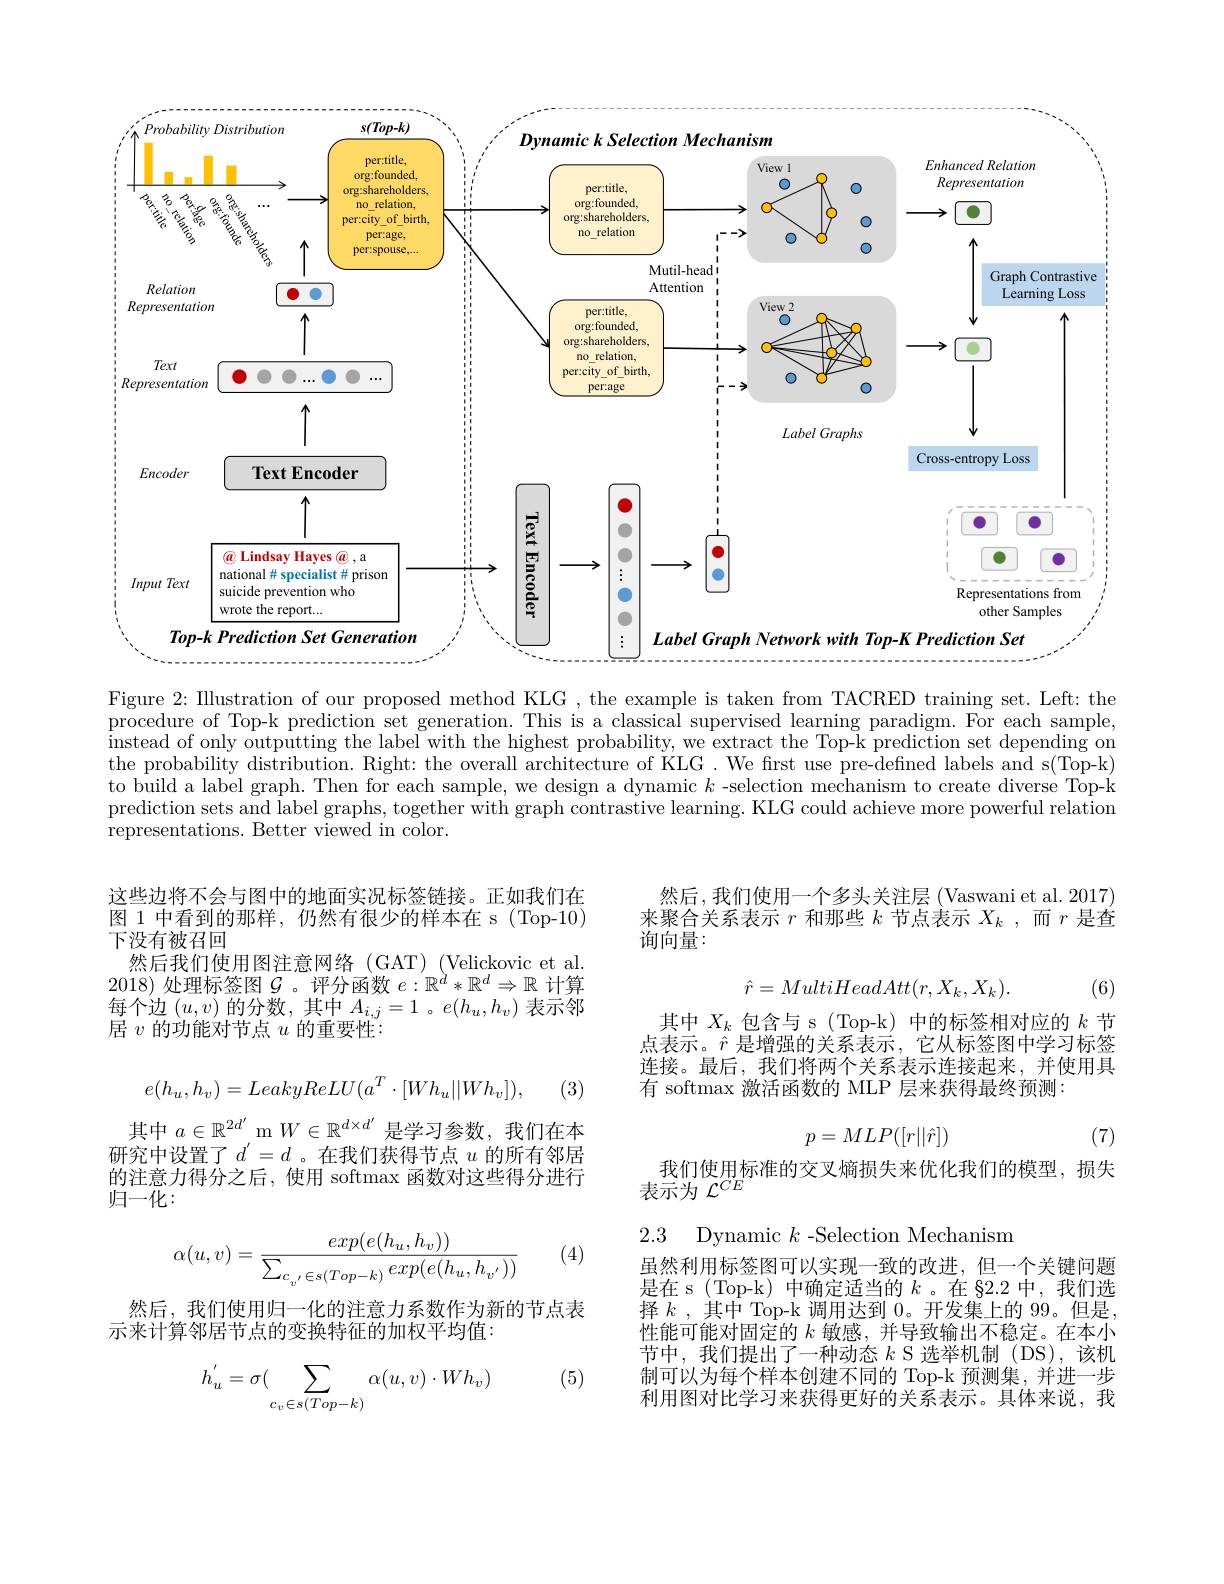
<FigureHere>

Figure 2: Illustration of our proposed method KLG , the example is taken from TACRED training set. Left: the procedure of Top-k prediction set generation. This is a classical supervised learning paradigm. For each sample, instead of only outputting the label with the highest probability, we extract the Top-k prediction set depending on the probability distribution. Right: the overall architecture of KLG. We first use pre-defned labels and s(Top-k) to build a label graph. Then for each sample, we design a dynamic $k$ -selection mechanism to create diverse Top-k prediction sets and label graphs, together with graph contrastive learning. KIG could achieve more powerful relation representations. Better viewed in color.

然后，我们使用一个多头关注层 (Vaswani et al. 2017) 来聚合关系表示$r$和那些$k$节点表示$X_k$,而$r$是查询向量：

这些边将不会与图中的地面实况标签链接。正如我们在图 1 中看到的那样，仍然有很少的样本在 s (Top-10) 下没有被召回
然后我们使用图注意网络(GAT)(Velickovic et al. 2018)处理标签图$\mathcal{G}$ 。评分函数$e:\mathbb{R}^d*\mathbb{R}^d\Rightarrow\mathbb{R}$计算每个边$(u,v)$的分数，其中$A_i,j=1$ 。$e(h_u,h_v)$表示邻居$v$的功能对节点$u$的重要性：
$$\hat{r}=MultiHeadAtt(r,X_k,X_k).$$
(6)

其中$X_k$包含与 s (Top-k) 中的标签相对应的$k$节点表示。$\hat{r}$是增强的关系表示，它从标签图中学习标签连接。最后，我们将两个关系表示连接起来，并使用具有 softmax 激活函数的 MLP 层来获得最终预测：
$$e(h_u,h_v)=LeakyReLU(a^T\cdot[Wh_u||Wh_v]),$$
(3)

(7)
$$p=MLP([r||\hat{r}])$$
其中$a\in\mathbb{R}^{2d^{\prime}}$ m $W\in\mathbb{R}^{d\times d^{\prime}}$是学习参数，我们在本研究中设置了$d^\prime=d$。在我们获得节点$u$的所有邻居的注意力得分之后，使用 softmax 函数对这些得分进行归一化：

我们使用标准的交叉熵损失来优化我们的模型，损失
表示为$\mathcal{L}^CE$

2.3 Dynamic $k$ -Selection Mechanism

(4)
$$\alpha(u,v)=\frac{exp(e(h_u,h_v))}{\sum_{c_{v'}\in s(Top-k)}exp(e(h_u,h_{v'}))}$$
然后，我们使用归一化的注意力系数作为新的节点表
示来计算邻居节点的变换特征的加权平均值：

虽然利用标签图可以实现一致的改进，但一个关键问题是在 s (Top-k) 中确定适当的$k$。在 §2.2 中，我们选择$k$ ,其中 Top-k 调用达到0。开发集上的 99。但是， 性能可能对固定的$k$敏感，并导致输出不稳定。在本小节中，我们提出了一种动态$k$ S 选举机制(DS),该机制可以为每个样本创建不同的 Top-k 预测集，并进一步利用图对比学习来获得更好的关系表示。具体来说，我

(5)
$$h_u^{'}=\sigma(\sum_{c_v\in s(Top-k)}\alpha(u,v)\cdot Wh_v)$$